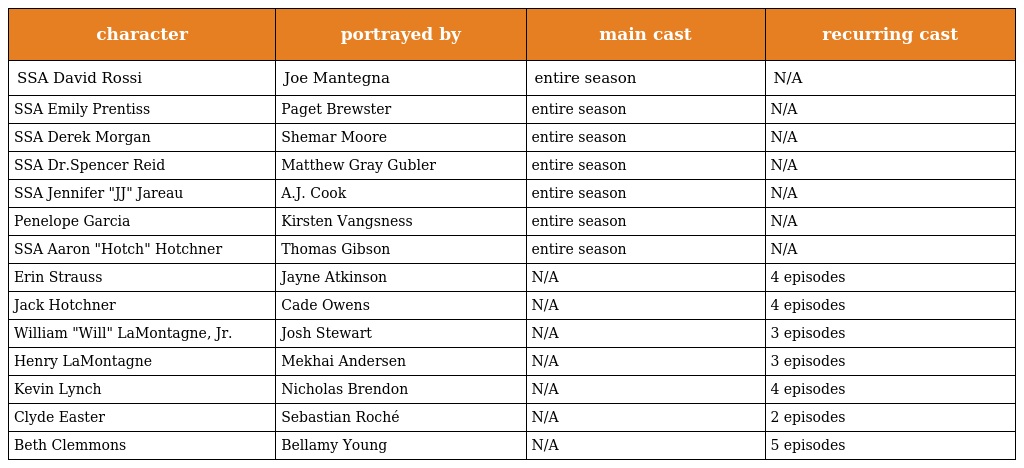
| character | portrayed by | main cast | recurring cast |
 | --- | --- | --- | --- |
 | SSA David Rossi | Joe Mantegna | entire season | N/A |
 | SSA Emily Prentiss | Paget Brewster | entire season | N/A |
 | SSA Derek Morgan | Shemar Moore | entire season | N/A |
 | SSA Dr.Spencer Reid | Matthew Gray Gubler | entire season | N/A |
 | SSA Jennifer "JJ" Jareau | A.J. Cook | entire season | N/A |
 | Penelope Garcia | Kirsten Vangsness | entire season | N/A |
 | SSA Aaron "Hotch" Hotchner | Thomas Gibson | entire season | N/A |
 | Erin Strauss | Jayne Atkinson | N/A | 4 episodes |
 | Jack Hotchner | Cade Owens | N/A | 4 episodes |
 | William "Will" LaMontagne, Jr. | Josh Stewart | N/A | 3 episodes |
 | Henry LaMontagne | Mekhai Andersen | N/A | 3 episodes |
 | Kevin Lynch | Nicholas Brendon | N/A | 4 episodes |
 | Clyde Easter | Sebastian Roché | N/A | 2 episodes |
 | Beth Clemmons | Bellamy Young | N/A | 5 episodes |